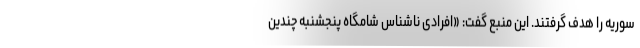
سوریه را هدف گرفتند. این منبع گفت: «افرادی ناشناس شامگاه پنجشنبه چندین